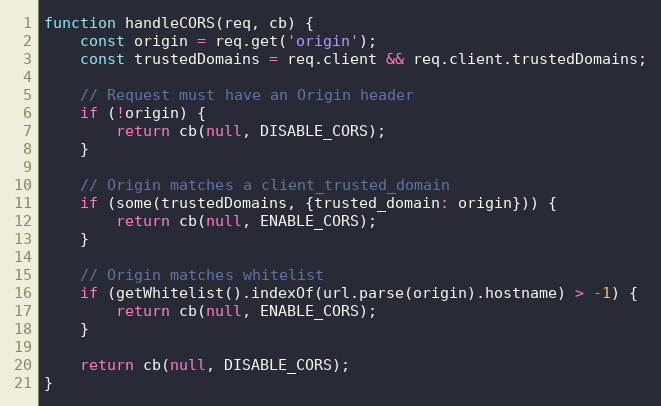
Language: JavaScript
function handleCORS(req, cb) {
    const origin = req.get('origin');
    const trustedDomains = req.client && req.client.trustedDomains;

    // Request must have an Origin header
    if (!origin) {
        return cb(null, DISABLE_CORS);
    }

    // Origin matches a client_trusted_domain
    if (some(trustedDomains, {trusted_domain: origin})) {
        return cb(null, ENABLE_CORS);
    }

    // Origin matches whitelist
    if (getWhitelist().indexOf(url.parse(origin).hostname) > -1) {
        return cb(null, ENABLE_CORS);
    }

    return cb(null, DISABLE_CORS);
}